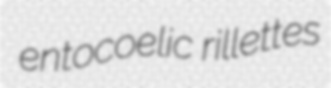
entocoelic rillettes